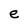
Character: e